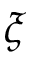
\xi